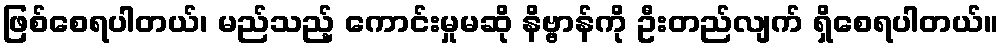
ဖြစ်စေရပါတယ်၊ မည်သည့် ကောင်းမှုမဆို နိဗ္ဗာန်ကို ဦးတည်လျက် ရှိစေရပါတယ်။